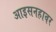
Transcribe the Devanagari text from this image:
आइसनहावर